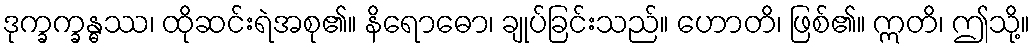
ဒုက္ခက္ခန္ဓဿ၊ ထိုဆင်းရဲအစု၏။ နိရောဓော၊ ချုပ်ခြင်းသည်။ ဟောတိ၊ ဖြစ်၏။ ဣတိ၊ ဤသို့။